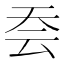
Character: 𭑆